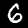
Digit: 6